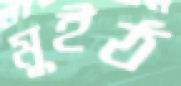
মুইঠ